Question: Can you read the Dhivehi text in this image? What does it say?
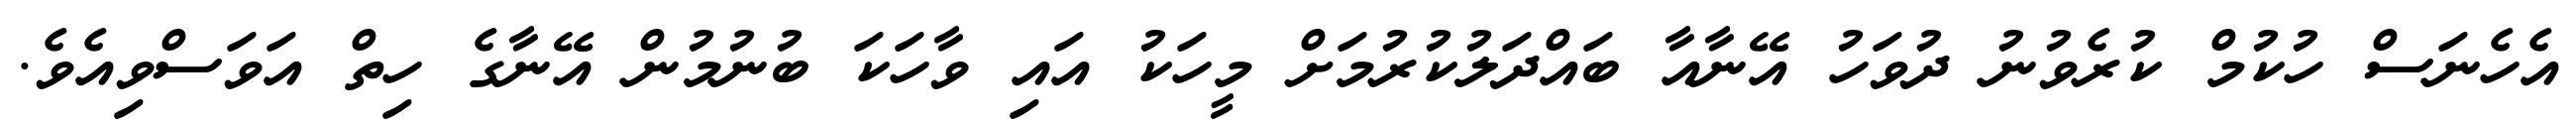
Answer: އެހެނަސް ހުކުމް ކުރެވުނު ދުވަހު އޭނާއާ ބައްދަލުކުރުމަށް މީހަކު އައި ވާހަކަ ބުނުމުން އޭނާގެ ހިތް އަވަސްވިއެވެ.